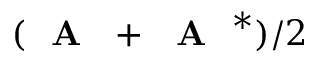
( \textrm { \textbf { A } } + \textrm { \textbf { A } } ^ { * } ) / 2